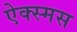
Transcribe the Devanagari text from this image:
ऐक्स्मस